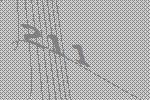
211